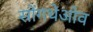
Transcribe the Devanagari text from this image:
सोंगथेओव